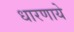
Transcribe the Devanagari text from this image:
धारणाये